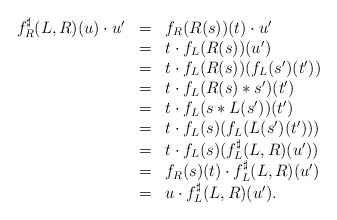
\begin{align*}\begin{array}{lll}f^\sharp_R(L,R)(u)\cdot u'&=&f_R(R(s))(t)\cdot u'\\&=&t\cdot f_L(R(s))(u')\\&=&t\cdot f_L(R(s))(f_L(s')(t'))\\&=&t\cdot f_L(R(s)*s')(t')\\&=&t\cdot f_L(s*L(s'))(t')\\&=&t\cdot f_L(s)(f_L(L(s')(t')))\\&=&t\cdot f_L(s)(f^\sharp_L(L,R)(u'))\\&=&f_R(s)(t)\cdot f^\sharp_L(L,R)(u')\\&=&u\cdot f^\sharp_L(L,R)(u').\end{array}\end{align*}